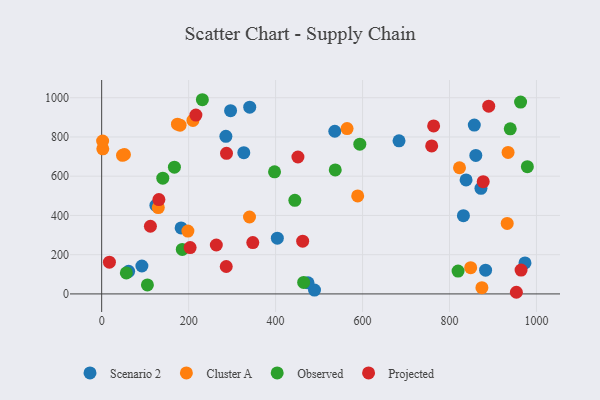
{"axis": {"x": "Distance", "y": "Profit"}, "legend": ["Cluster A", "Observed", "Projected", "Scenario 2"], "data": [{"x": "838.1", "y": 580.8, "type": "Scenario 2"}, {"x": "92.5", "y": 142.2, "type": "Scenario 2"}, {"x": "285.7", "y": 803.4, "type": "Scenario 2"}, {"x": "973.6", "y": 158.0, "type": "Scenario 2"}, {"x": "832.0", "y": 398.9, "type": "Scenario 2"}, {"x": "683.9", "y": 780.5, "type": "Scenario 2"}, {"x": "182.7", "y": 336.2, "type": "Scenario 2"}, {"x": "872.3", "y": 538.0, "type": "Scenario 2"}, {"x": "489.5", "y": 19.5, "type": "Scenario 2"}, {"x": "326.9", "y": 719.9, "type": "Scenario 2"}, {"x": "62.0", "y": 115.0, "type": "Scenario 2"}, {"x": "883.0", "y": 121.0, "type": "Scenario 2"}, {"x": "860.5", "y": 705.8, "type": "Scenario 2"}, {"x": "340.5", "y": 951.6, "type": "Scenario 2"}, {"x": "536.2", "y": 829.1, "type": "Scenario 2"}, {"x": "857.0", "y": 860.7, "type": "Scenario 2"}, {"x": "296.5", "y": 933.8, "type": "Scenario 2"}, {"x": "474.6", "y": 56.7, "type": "Scenario 2"}, {"x": "124.7", "y": 451.2, "type": "Scenario 2"}, {"x": "404.0", "y": 284.1, "type": "Scenario 2"}, {"x": "198.3", "y": 320.3, "type": "Cluster A"}, {"x": "209.9", "y": 884.4, "type": "Cluster A"}, {"x": "130.2", "y": 440.3, "type": "Cluster A"}, {"x": "588.8", "y": 499.5, "type": "Cluster A"}, {"x": "180.3", "y": 860.2, "type": "Cluster A"}, {"x": "823.0", "y": 643.2, "type": "Cluster A"}, {"x": "2.6", "y": 739.6, "type": "Cluster A"}, {"x": "2.2", "y": 779.5, "type": "Cluster A"}, {"x": "52.4", "y": 710.5, "type": "Cluster A"}, {"x": "340.0", "y": 392.1, "type": "Cluster A"}, {"x": "932.7", "y": 359.1, "type": "Cluster A"}, {"x": "564.4", "y": 842.8, "type": "Cluster A"}, {"x": "47.9", "y": 706.3, "type": "Cluster A"}, {"x": "934.7", "y": 721.4, "type": "Cluster A"}, {"x": "848.7", "y": 133.6, "type": "Cluster A"}, {"x": "874.5", "y": 31.6, "type": "Cluster A"}, {"x": "174.3", "y": 865.3, "type": "Cluster A"}, {"x": "939.7", "y": 841.6, "type": "Observed"}, {"x": "819.7", "y": 116.4, "type": "Observed"}, {"x": "185.4", "y": 226.6, "type": "Observed"}, {"x": "537.2", "y": 631.9, "type": "Observed"}, {"x": "593.7", "y": 763.0, "type": "Observed"}, {"x": "444.3", "y": 477.3, "type": "Observed"}, {"x": "105.2", "y": 45.7, "type": "Observed"}, {"x": "140.6", "y": 590.1, "type": "Observed"}, {"x": "397.6", "y": 622.2, "type": "Observed"}, {"x": "979.1", "y": 648.4, "type": "Observed"}, {"x": "231.6", "y": 989.8, "type": "Observed"}, {"x": "464.6", "y": 58.8, "type": "Observed"}, {"x": "167.3", "y": 645.9, "type": "Observed"}, {"x": "56.7", "y": 107.0, "type": "Observed"}, {"x": "963.5", "y": 977.8, "type": "Observed"}, {"x": "347.6", "y": 261.5, "type": "Projected"}, {"x": "890.2", "y": 956.8, "type": "Projected"}, {"x": "216.7", "y": 911.8, "type": "Projected"}, {"x": "131.6", "y": 480.9, "type": "Projected"}, {"x": "763.5", "y": 856.1, "type": "Projected"}, {"x": "451.4", "y": 698.0, "type": "Projected"}, {"x": "203.4", "y": 236.3, "type": "Projected"}, {"x": "112.1", "y": 344.8, "type": "Projected"}, {"x": "759.0", "y": 754.5, "type": "Projected"}, {"x": "462.3", "y": 269.1, "type": "Projected"}, {"x": "286.5", "y": 139.8, "type": "Projected"}, {"x": "287.1", "y": 716.7, "type": "Projected"}, {"x": "964.6", "y": 121.8, "type": "Projected"}, {"x": "17.8", "y": 162.0, "type": "Projected"}, {"x": "877.5", "y": 571.9, "type": "Projected"}, {"x": "263.7", "y": 249.4, "type": "Projected"}, {"x": "953.8", "y": 8.4, "type": "Projected"}]}